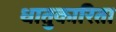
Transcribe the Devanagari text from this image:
धातुकारिता